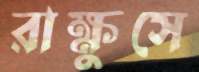
রাক্ষুসে